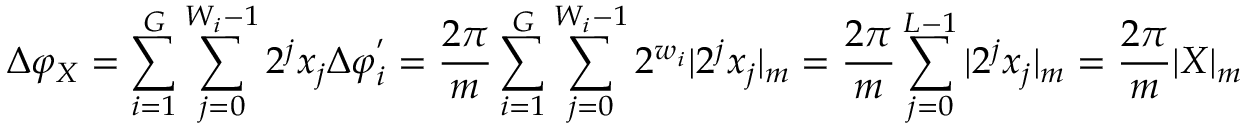
\Delta \varphi _ { X } = \sum _ { i = 1 } ^ { G } \sum _ { j = 0 } ^ { W _ { i } - 1 } 2 ^ { j } x _ { j } \Delta \varphi _ { i } ^ { ' } = \frac { 2 \pi } { m } \sum _ { i = 1 } ^ { G } \sum _ { j = 0 } ^ { W _ { i } - 1 } 2 ^ { w _ { i } } | 2 ^ { j } x _ { j } | _ { m } = \frac { 2 \pi } { m } \sum _ { j = 0 } ^ { L - 1 } | 2 ^ { j } x _ { j } | _ { m } = \frac { 2 \pi } { m } | X | _ { m }